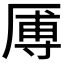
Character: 𪠑